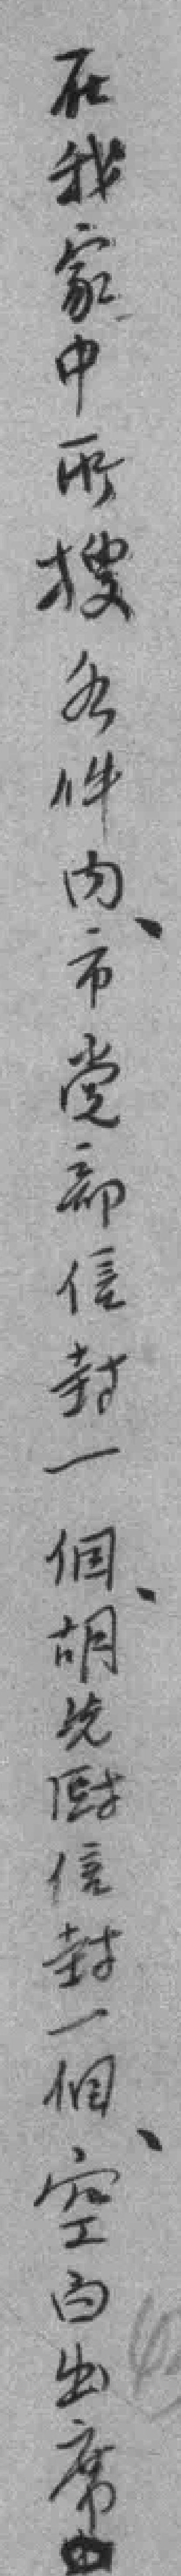
在我家中所搜各件内市党部信封一個胡*厨信封一個空白出席